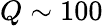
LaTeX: Q\sim 100